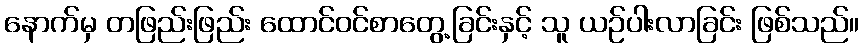
နောက်မှ တဖြည်းဖြည်း ထောင်ဝင်စာတွေ့ခြင်းနှင့် သူ ယဉ်ပါးလာခြင်း ဖြစ်သည်။